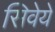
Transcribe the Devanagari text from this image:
सिवेये